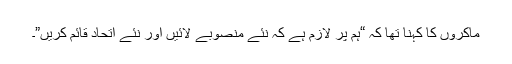
ماکروں کا کہنا تھا کہ “ہم پر لازم ہے کہ نئے منصوبے لائیں اور نئے اتحاد قائم کریں”۔